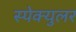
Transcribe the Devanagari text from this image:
स्पेक्युलर